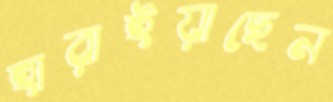
হারাইয়াছেন